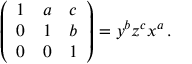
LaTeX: { \left( \begin{array} { l l l } { 1 } & { a } & { c } \\ { 0 } & { 1 } & { b } \\ { 0 } & { 0 } & { 1 } \end{array} \right) } = y ^ { b } z ^ { c } x ^ { a } \, .